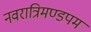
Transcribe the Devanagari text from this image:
नवरात्रिमण्डपम